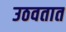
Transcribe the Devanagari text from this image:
उठवतात